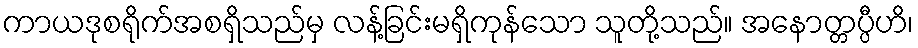
ကာယဒုစရိုက်အစရှိသည်မှ လန့်ခြင်းမရှိကုန်သော သူတို့သည်။ အနောတ္တပ္ပီဟိ၊